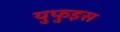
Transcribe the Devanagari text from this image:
युफुइस